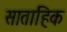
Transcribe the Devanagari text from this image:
साताहिक